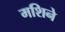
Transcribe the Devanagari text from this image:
मशिने